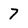
Character: 7